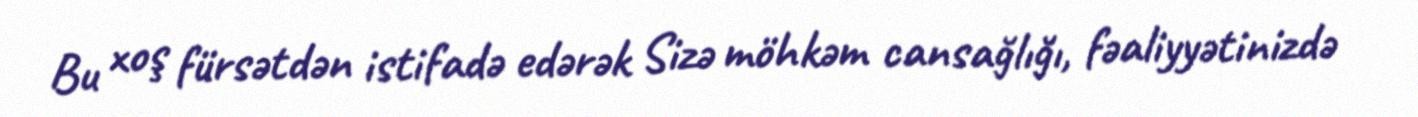
Bu xoş fürsətdən istifadə edərək Sizə möhkəm cansağlığı, fəaliyyətinizdə